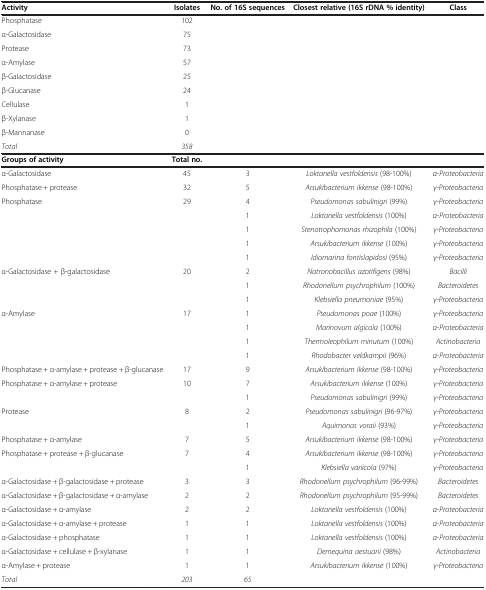
<table><thead><tr><td><b>Activity</b></td><td><b>Isolates</b></td><td><b>No. of 16S sequences</b></td><td><b>Closest relative (16S rDNA % identity)</b></td><td><b>Class</b></td></tr></thead><tbody><tr><td>Phosphatase</td><td>102</td><td> </td><td> </td><td> </td></tr><tr><td>α-Galactosidase</td><td>75</td><td> </td><td> </td><td> </td></tr><tr><td>Protease</td><td>73</td><td> </td><td> </td><td> </td></tr><tr><td>α-Amylase</td><td>57</td><td> </td><td> </td><td> </td></tr><tr><td>β-Galactosidase</td><td>25</td><td> </td><td> </td><td> </td></tr><tr><td>β-Glucanase</td><td>24</td><td> </td><td> </td><td> </td></tr><tr><td>Cellulase</td><td>1</td><td> </td><td> </td><td> </td></tr><tr><td>β-Xylanase</td><td>1</td><td> </td><td> </td><td> </td></tr><tr><td>β-Mannanase</td><td>0</td><td> </td><td> </td><td> </td></tr><tr><td><i>Total</i></td><td><i>358</i></td><td> </td><td> </td><td> </td></tr><tr><td><b>Groups of activity</b></td><td><b>Total no.</b></td><td> </td><td> </td><td> </td></tr><tr><td>α-Galactosidase</td><td>45</td><td>3</td><td><i>Loktanella vestfoldensis</i> (98-100%)</td><td><i>α-Proteobacteria</i></td></tr><tr><td>Phosphatase + protease</td><td>32</td><td>5</td><td><i>Arsukibacterium ikkense</i> (98-100%)</td><td><i>γ-Proteobacteria</i></td></tr><tr><td>Phosphatase</td><td>29</td><td>4</td><td><i>Pseudomonas sabulinigri</i> (99%)</td><td><i>γ-Proteobacteria</i></td></tr><tr><td> </td><td> </td><td>1</td><td><i>Loktanella vestfoldensis</i> (100%)</td><td><i>α-Proteobacteria</i></td></tr><tr><td> </td><td> </td><td>1</td><td><i>Stenotrophomonas rhizophila</i> (100%)</td><td><i>γ-Proteobacteria</i></td></tr><tr><td> </td><td> </td><td>1</td><td><i>Arsukibacterium ikkense</i> (100%)</td><td><i>γ-Proteobacteria</i></td></tr><tr><td> </td><td> </td><td>1</td><td><i>Idiomarina fontislapidosi</i> (95%)</td><td><i>γ-Proteobacteria</i></td></tr><tr><td rowspan="3">α-Galactosidase + β-galactosidase</td><td>20</td><td>2</td><td><i>Natronobacillus azotifigens</i> (98%)</td><td><i>Bacilli</i></td></tr><tr><td> </td><td>1</td><td><i>Rhodonellum psychrophilum</i> (100%)</td><td><i>Bacteroidetes</i></td></tr><tr><td> </td><td>1</td><td><i>Klebsiella pneumoniae</i> (95%)</td><td><i>γ-Proteobacteria</i></td></tr><tr><td>α-Amylase</td><td>17</td><td>1</td><td><i>Pseudomonas poae</i> (100%)</td><td><i>γ-Proteobacteria</i></td></tr><tr><td> </td><td> </td><td>1</td><td><i>Marinovum algicola</i> (100%)</td><td><i>α-Proteobacteria</i></td></tr><tr><td> </td><td> </td><td>1</td><td><i>Thermoleophilum minutum</i> (100%)</td><td><i>Actinobacteria</i></td></tr><tr><td> </td><td> </td><td>1</td><td><i>Rhodobacter veldkampii</i> (96%)</td><td><i>α-Proteobacteria</i></td></tr><tr><td>Phosphatase + α-amylase + protease + β-glucanase</td><td>17</td><td>9</td><td><i>Arsukibacterium ikkense</i> (98-100%)</td><td><i>γ-Proteobacteria</i></td></tr><tr><td>Phosphatase + α-amylase + protease</td><td>10</td><td>7</td><td><i>Arsukibacterium ikkense</i> (100%)</td><td><i>γ-Proteobacteria</i></td></tr><tr><td> </td><td> </td><td>1</td><td><i>Pseudomonas sabulinigri</i> (99%)</td><td><i>γ-Proteobacteria</i></td></tr><tr><td>Protease</td><td>8</td><td>2</td><td><i>Pseudomonas sabulinigri</i> (96-97%)</td><td><i>γ-Proteobacteria</i></td></tr><tr><td> </td><td> </td><td>1</td><td><i>Aquimonas voraii</i> (93%)</td><td><i>γ-Proteobacteria</i></td></tr><tr><td>Phosphatase + α-amylase</td><td>7</td><td>5</td><td><i>Arsukibacterium ikkense</i> (98-100%)</td><td><i>γ-Proteobacteria</i></td></tr><tr><td>Phosphatase + protease + β-glucanase</td><td>7</td><td>4</td><td><i>Arsukibacterium ikkense</i> (98-100%)</td><td><i>γ-Proteobacteria</i></td></tr><tr><td> </td><td> </td><td>1</td><td><i>Klebsiella variicola</i> (97%)</td><td><i>γ-Proteobacteria</i></td></tr><tr><td>α-Galactosidase + β-galactosidase + protease</td><td>3</td><td>3</td><td><i>Rhodonellum psychrophilum</i> (96-99%)</td><td><i>Bacteroidetes</i></td></tr><tr><td>α-Galactosidase + β-galactosidase + α-amylase</td><td>2</td><td>2</td><td><i>Rhodonellum psychrophilum</i> (95-99%)</td><td><i>Bacteroidetes</i></td></tr><tr><td>α-Galactosidase + α-amylase</td><td>2</td><td>2</td><td><i>Loktanella vestfoldensis</i> (100%)</td><td><i>α-Proteobacteria</i></td></tr><tr><td>α-Galactosidase + α-amylase + protease</td><td>1</td><td>1</td><td><i>Loktanella vestfoldensis</i> (100%)</td><td><i>α-Proteobacteria</i></td></tr><tr><td>α-Galactosidase + phosphatase</td><td>1</td><td>1</td><td><i>Loktanella vestfoldensis</i> (100%)</td><td><i>α-Proteobacteria</i></td></tr><tr><td>α-Galactosidase + cellulase + β-xylanase</td><td>1</td><td>1</td><td><i>Demequina aestuarii</i> (98%)</td><td><i>Actinobacteria</i></td></tr><tr><td>α-Amylase + protease</td><td>1</td><td>1</td><td><i>Arsukibacterium ikkense</i> (100%)</td><td><i>γ-Proteobacteria</i></td></tr><tr><td><i>Total</i></td><td><i>203</i></td><td><i>65</i></td><td> </td><td> </td></tr></tbody></table>